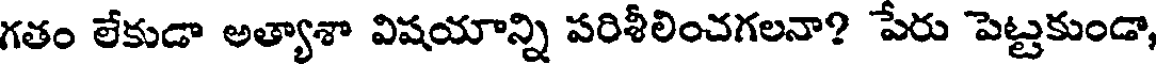
గతం లేకుడా అత్యాశా విషయాన్ని పరిశీలించగలనా? పేరు పెట్టకుండా